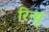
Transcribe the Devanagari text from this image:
रिन्यू